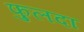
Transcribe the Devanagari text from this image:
फुलदा